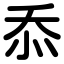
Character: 忝